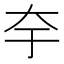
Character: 𭑃